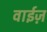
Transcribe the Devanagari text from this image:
वाईज़